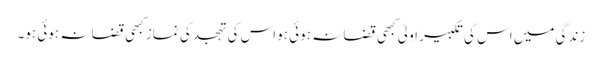
زندگی میں اس کی تکبیر اولیٰ کبھی قضا نہ ہوئی ہواس کی تہجد کی نماز کبھی قضا نہ ہوئی ہو۔